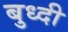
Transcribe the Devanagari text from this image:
बुध्‍दी